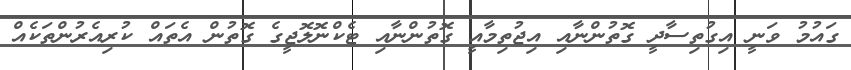
ގައުމު ވަނީ އިގުތިސާދީ ގޮތުންނާއި އިޖުތިމާއީ ގޮތުންނާއި ޓެކްނޮލޮޖީގެ ގޮތުން އެތައް ކުރިއެރުންތަކެއް